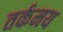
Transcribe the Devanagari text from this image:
तर्कमय